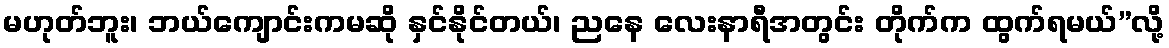
မဟုတ်ဘူး၊ ဘယ်ကျောင်းကမဆို နှင်နိုင်တယ်၊ ညနေ လေးနာရီအတွင်း တိုက်က ထွက်ရမယ်”လို့